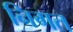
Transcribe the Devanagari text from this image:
निगत